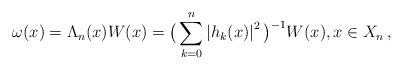
LaTeX: \begin{align*}\omega(x)=\Lambda_{n}(x) W(x)= \big(\sum_{k=0}^n \left|h_{k}(x)\right|^2\big)^{-1} W(x) ,x\in X_n \, ,\end{align*}